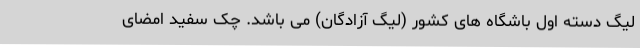
لیگ دسته اول باشگاه های کشور (لیگ آزادگان) می باشد. چک سفید امضای